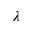
\lambda